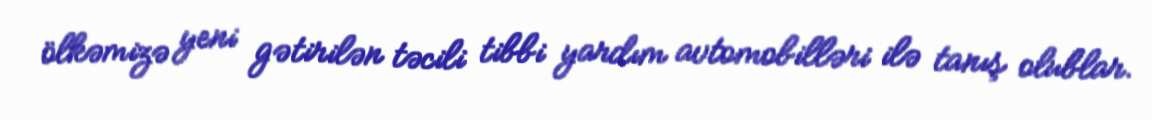
ölkəmizə yeni gətirilən təcili tibbi yardım avtomobilləri ilə tanış olublar.